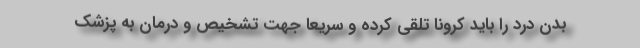
بدن درد را باید کرونا تلقی کرده و سریعاً جهت تشخیص و درمان به پزشک